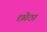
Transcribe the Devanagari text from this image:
छोठा